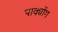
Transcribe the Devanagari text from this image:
पाक्योंग